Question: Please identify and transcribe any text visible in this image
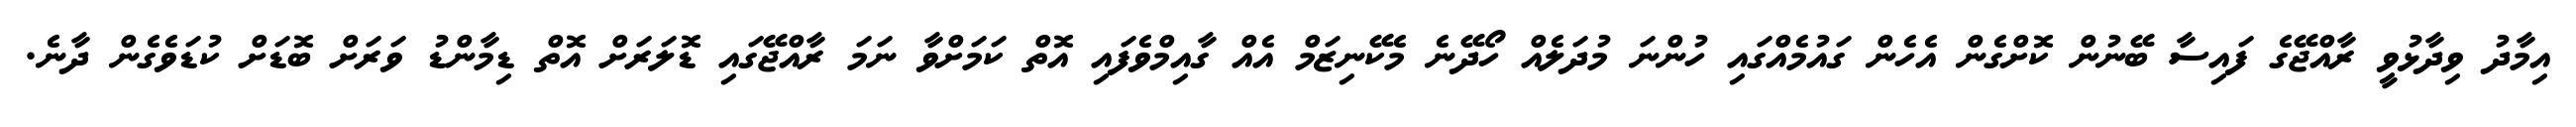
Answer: އިމާދު ވިދާޅުވީ ރާއްޖޭގެ ފައިސާ ބޭނުން ކޮށްގެން އެހެން ގައުމެއްގައި ހުންނަ މުދަލެއް ހޯދޭނެ މެކޭނިޒަމް އެއް ގާއިމްވެފައި އޮތް ކަމަށްވާ ނަމަ ރާއްޖޭގައި ޑޮލަރަށް އޮތް ޑިމާންޑު ވަރަށް ބޮޑަށް ކުޑަވެގެން ދާނެ.